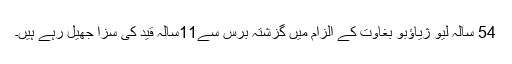
54 سالہ لِیُو ژياؤبو بغاوت کے الزام ميں گزشتہ برس سے11سالہ قيد کی سزا جھيل رہے ہيں۔